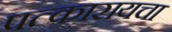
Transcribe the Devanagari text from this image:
पत्कारायचा